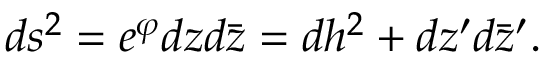
d s ^ { 2 } = e ^ { \varphi } d z d \bar { z } = d h ^ { 2 } + d z ^ { \prime } d \bar { z } ^ { \prime } .